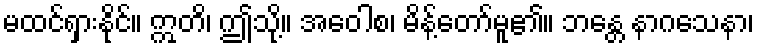
မထင်ရှားနိုင်။ ဣတိ၊ ဤသို့။ အဝေါစ၊ မိန့်တော်မူ၏။ ဘန္တေ နာဂသေနာ၊